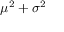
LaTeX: \mu ^ { 2 } + \sigma ^ { 2 }